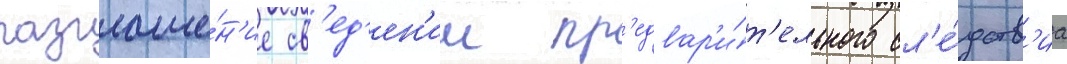
разглаше́н'ие св'ед'ен'ии пр'едвар'и́т'ельного сл'е́дств'иа